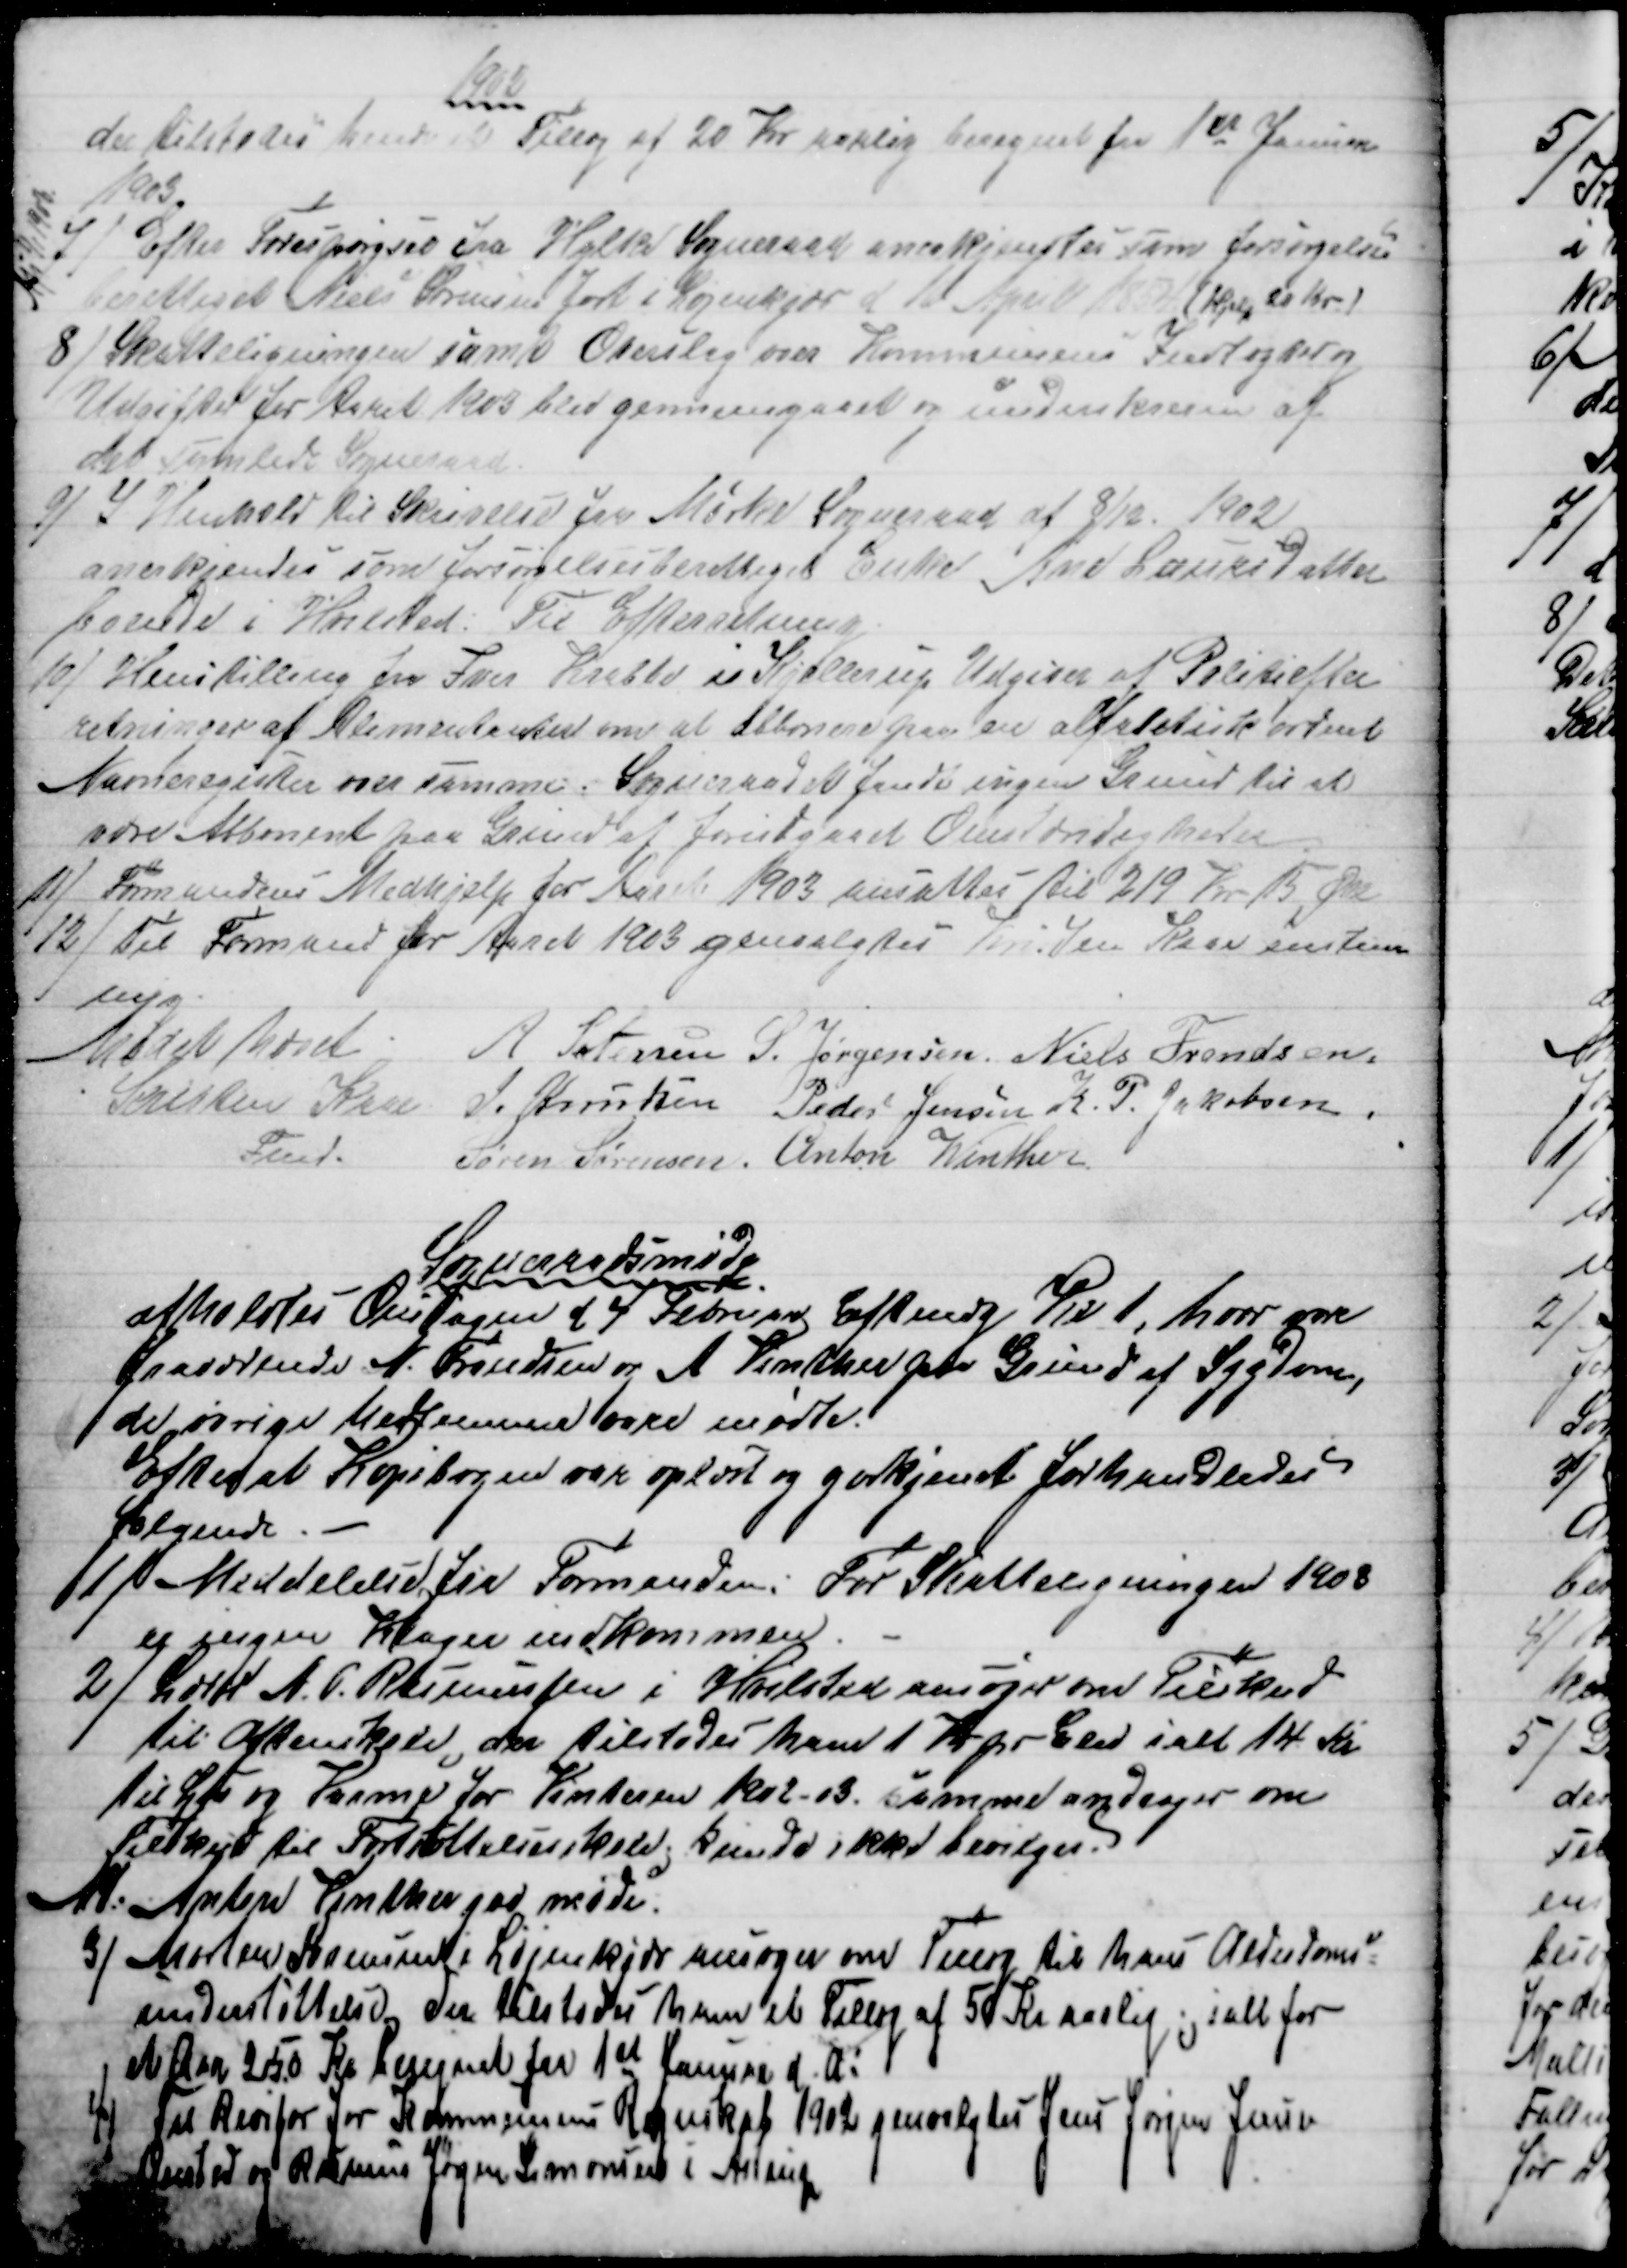
Transskription:
1902
der tilstodes hende et Tillæg af 20 Kr aarlig beregnet fra 1ste Januar 
1903.
7) 
 Efter Forespørgsel fra Hylke Sogneraad anerkjendtes som forsørgelses
berettiget Niels Sørensen født i Løjenkjær d 16 April 1854 (Hjelp 20 Kr.)                                     
Afs 1/1 1903
8) 
Skatteligningen samt Overslag over Kommunens Indtægter og
Udgifter for Aaret 1903 blev gennemgaaet og underskreven af
det samlede Sogneraad
9)
I Henhold til Skrivelse fra Mørke Sogneraad af 8/12. 1902
anerkjendes som forsørgelsesberettiget Enke Ane Laursdatter 
boende i Hvilsted. Til Efterretning.
10) 
Henstilling fra Iver Krabbe i Kjellerup Udgiver af Politiefter-
retninger af Alimentation om at abbonere paa en alfabetisk ordnet
Navneregister over samme. Sogneraadet fandt ingen Grund til at
være Abbonent paa Grund af forudgaaede Omstændigheder.
11) Formandens Medhjelp for Aaret 1903 ansattes til 219 Kr 15 Øre
12) Til Formand for Aaret 1903 genvalgtes Kristen Kaae enstem
mig.
Mødet hævet
A Petersen S. Jørgensen Niels Frandsen
Kristen Kaae 
Fmd.
J. Knudsen Peder Jensen K. P. Jakobsen
Søren Sørensen. Anton Winther
Sognerådsmøde
afholdtes Onsdagen d 4 Februar Eftmdg Kl 1, hvor vare 
fraværende N. Frandsen og A Vinther paa Grund af Sygdom,
de øvrige Medlemmer vare mødte.
Efter at Kopibogen var oplæst og godkjendt forhandledes
følgende.
1)
Meddelelse fra Formanden. For Skatteligningen 1903
er ingen Klager indkommen.
2) 
Lærer N. P. Rasmussen i Hvilsted ansøger om Tilskud
til Aftenskole, der tilstodes ham 1 Kr pr. Elev ialt 14 Kr
til Lys og Varme for Vinteren 1902-03. samme andrager om
Tilskud til Fortsættelsesskole. kunde ikke bevilges.
M: Anton Vinther gav møde.
3) 
Morten Sørensen i Løjenkjær ansøger om Tillæg til hans Alderdoms-
understøttelse, der tilstodes ham et Tillæg af 50 Kr aarlig; ialt for 
et Aar 250 Kr beregnet fra 1st Januar d.A:
4)
Til Revisor for Kommunens Regnskab 1902 genvalgtes Jens Jørgen Jensen
Onsted og Rasmus Jørgen Simonsen i Astrup